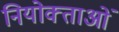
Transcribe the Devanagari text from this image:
नियोक्‍ताओं